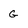
Character: g